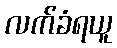
လက်ခံရယူ